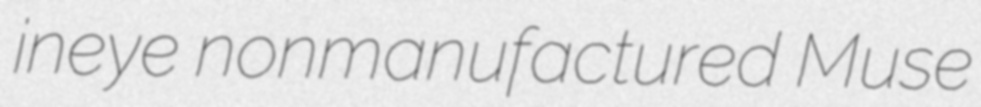
ineye nonmanufactured Muse